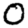
Digit: 0